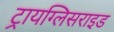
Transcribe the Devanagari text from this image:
ट्रायग्लिसराइड